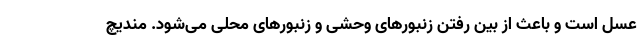
عسل است و باعث از بین رفتن زنبورهای وحشی و زنبورهای محلی می‌شود. مندیچ